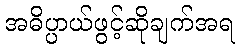
အဓိပ္ပာယ်ဖွင့်ဆိုချက်အရ